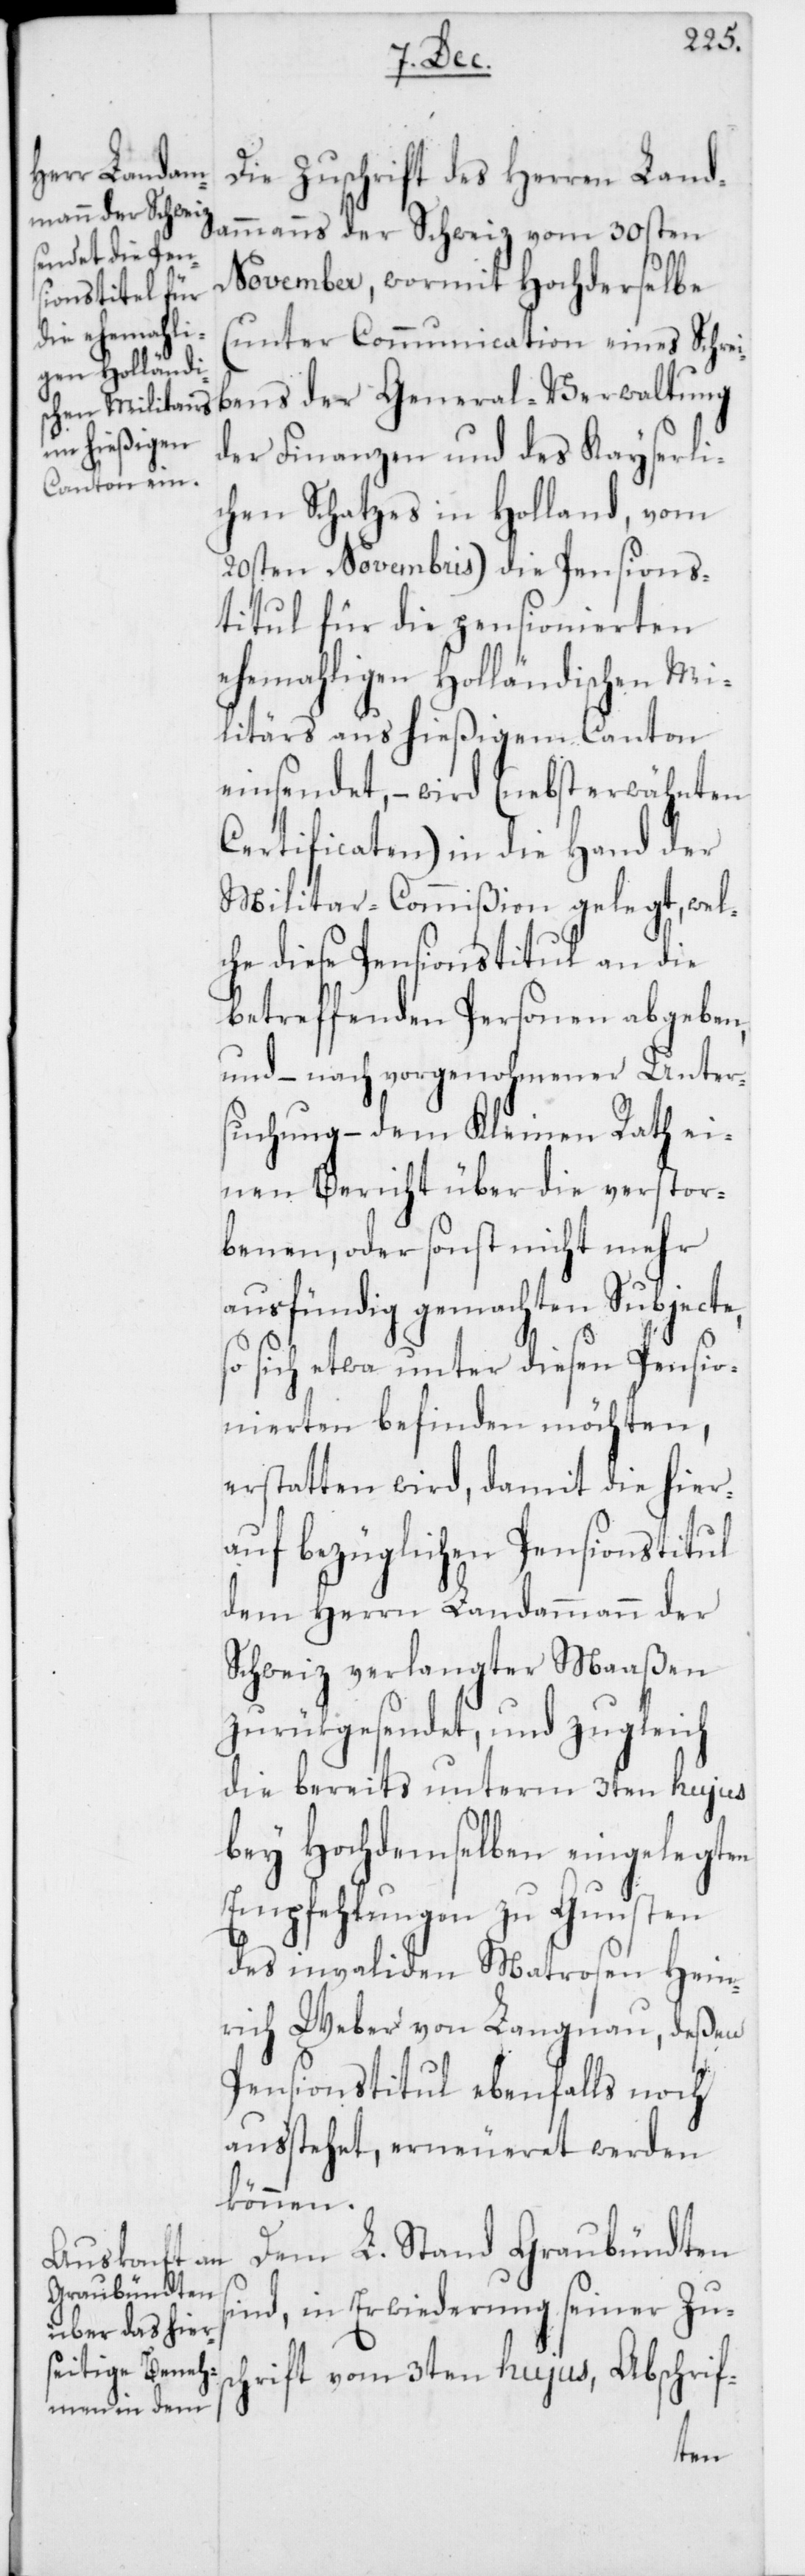
Die Zuschrift des Herren Land¬
ammanns der Schweiz vom 30sten
November, wormit Hochderselbe
(unter Communication eines Schrei¬
der Finanzen und des Kayserli¬
chen Schatzes in Holland, vom
20sten Novembris) die Pensions¬
titul für die pensionierten
ehemaligen Holländischen Mi¬
litärs aus hießigem Canton
einsendet, – wird (nebst erwähnten
Certificaten) in die Hand der
Militar-Commißion gelegt, wel¬
che diese Pensionstitul an die
betreffenden Personen abgeben,
und – nach vorgenohmener Unter¬
suchung – dem Kleinen Rath ei¬
nen Bericht über die verstor¬
benen, oder sonst nicht mehr
ausfündig gemachten Subjecte,
sich etwa unter diesen Pensio¬
nierten befinden möchten,
erstatten wird, damit die hier¬
auf bezüglichen Pensionstitul
dem Herrn Landammann der
Schweiz verlangter Maaßen
zurükgesendet, und zugleich
die bereits unterm 3ten hujus
bey Hochdemselben eingelegten
Empfehlungen zu Gunsten
des invaliden Matrosen Hein¬
rich Weber von Langnau, deßen
Pensionstitul ebenfalls noch
ausstehet, erneueret werden
können.
Dem L. Stand Graubündten
sind, in Erwiderung seiner Zu¬
schrift vom 3ten hujus, Abschrif-
der